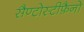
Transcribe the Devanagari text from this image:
सैण्टोस्टीफ़ैनो